Annual report of the Punjab Veterinary College and of the Civil Veterinary Department, Punjab - 1920-1925
Year: 1920
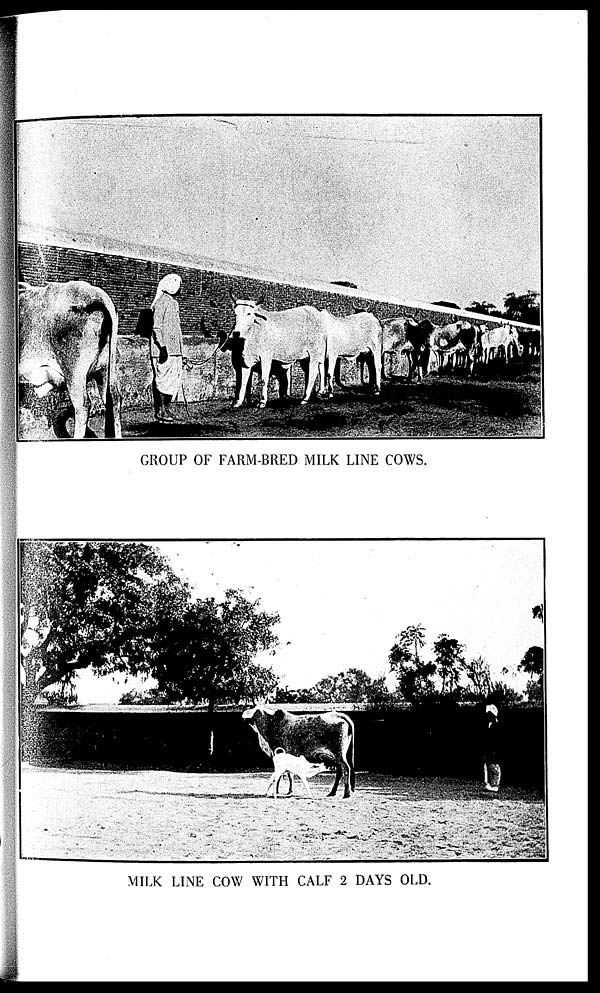
GROUP OF FARM-BRED MILK LINE COWS.
MILK LINE COW WITH CALF 2 DAYS OLD.